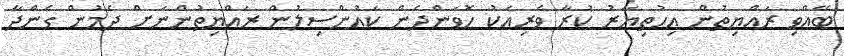
ބޭއްވި ރައްޔިތުން އިހުތިޔާރު ކުރާ ވެރިއަކު ހޮވަންދެން ކައުންސިލުން ރައްޔިތުންނަށް ދެމުން ގެންދާ